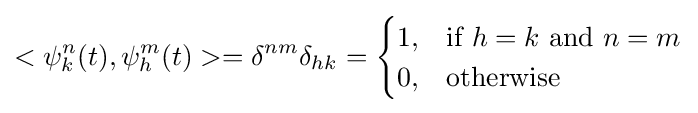
<\psi _{k}^{n}(t),\psi _{h}^{m}(t)>=\delta ^{nm}\delta _{hk}={\begin{cases}1,&{\text{if }}h=k{\text{ and }}n=m\\0,&{\text{otherwise}}\end{cases}}